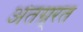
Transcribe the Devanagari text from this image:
अंतग्र्रत